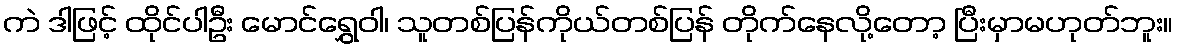
ကဲ ဒါဖြင့် ထိုင်ပါဦး မောင်ရွှေဝါ၊ သူတစ်ပြန်ကိုယ်တစ်ပြန် တိုက်နေလို့တော့ ပြီးမှာမဟုတ်ဘူး။